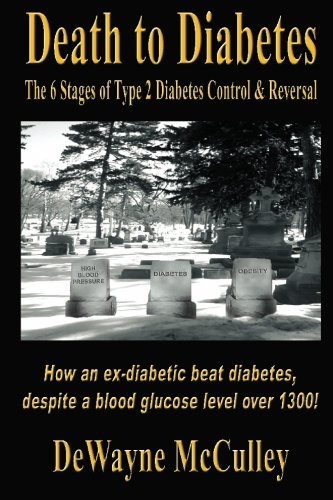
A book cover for Death to Diabetes: The Six Stages of Type 2 Diabetes Control & Reversal; DeWayne McCulley; Health, Fitness & Dieting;